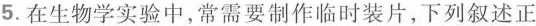
5.在生物学实验中，常需要制作临时装片，下列叙述正